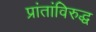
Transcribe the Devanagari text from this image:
प्रांतांविरुद्ध